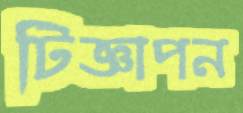
টিজ্ঞাপন